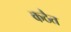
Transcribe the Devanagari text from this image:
कठैत